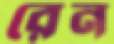
রেন